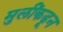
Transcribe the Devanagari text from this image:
मुलींकडून